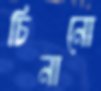
চিনানো